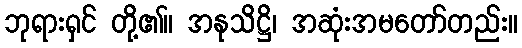
ဘုရားရှင် တို့၏။ အနုသိဋ္ဌိ၊ အဆုံးအမတော်တည်း။